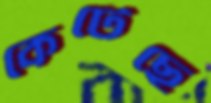
কেটেছে